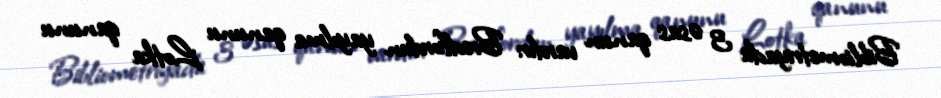
Bibliometriyada 3 əsas qanun vardır: Bredfordun yayılma qanunu Lotka qanunu